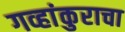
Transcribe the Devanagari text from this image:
गव्हांकुराचा